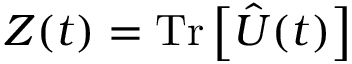
Z ( t ) = \mathrm { T r } \left[ \hat { U } ( t ) \right]